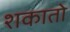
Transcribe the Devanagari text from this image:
शकातो